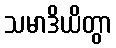
သမာဒိယိတွာ